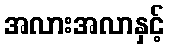
အလားအလာနှင့်